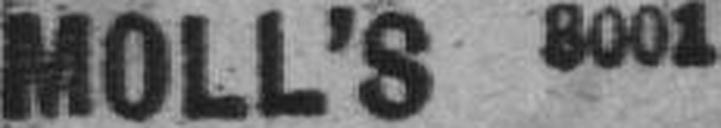
MOLL'S 8001